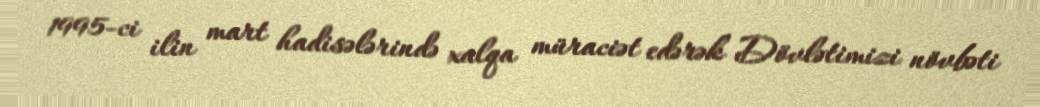
1995-ci ilin mart hadisələrində xalqa müraciət edərək Dövlətimizi növbəti